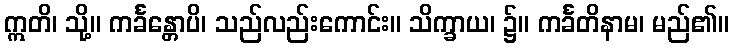
ဣတိ၊ သို့။ ကင်္ခန္တောပိ၊ သည်လည်းကောင်း။ သိက္ခာယ၊ ၌။ ကင်္ခတိနာမ၊ မည်၏။